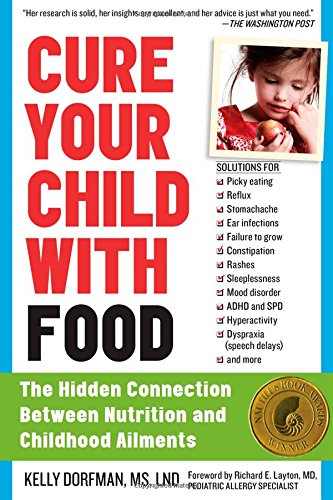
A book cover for Cure Your Child with Food: The Hidden Connection Between Nutrition and Childhood Ailments; Kelly Dorfman; Health, Fitness & Dieting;